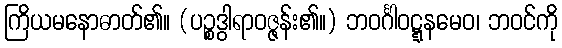
ကြိယမနောဓာတ်၏။ (ပဉ္စဒွါရာဝဇ္ဇန်း၏။) ဘဝင်္ဂါဝဋ္ဋနမေဝ၊ ဘဝင်ကို